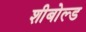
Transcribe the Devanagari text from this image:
शीबोल्ड